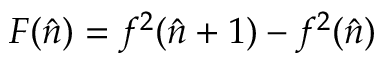
F ( \hat { n } ) = f ^ { 2 } ( \hat { n } + 1 ) - f ^ { 2 } ( \hat { n } )